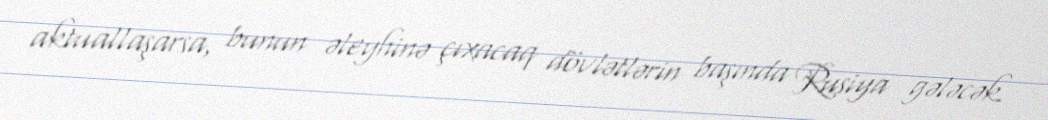
aktuallaşarsa, bunun əleyhinə çıxacaq dövlətlərin başında Rusiya gələcək.